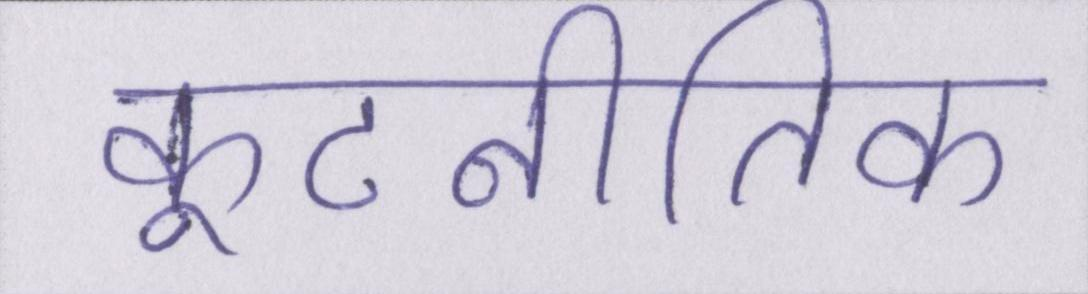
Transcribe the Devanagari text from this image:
कूटनीतिक